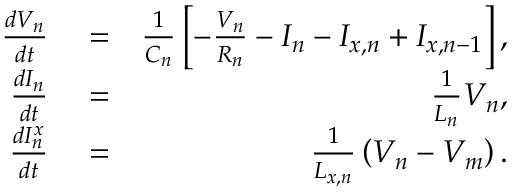
\begin{array} { r l r } { \frac { d V _ { n } } { d t } } & { { } = } & { \frac { 1 } { C _ { n } } \left[ - \frac { V _ { n } } { R _ { n } } - I _ { n } - I _ { x , n } + I _ { x , n - 1 } \right] , } \\ { \frac { d I _ { n } } { d t } } & { { } = } & { \frac { 1 } { L _ { n } } V _ { n } , } \\ { \frac { d I _ { n } ^ { x } } { d t } } & { { } = } & { \frac { 1 } { L _ { x , n } } \left( V _ { n } - V _ { m } \right) . } \end{array}